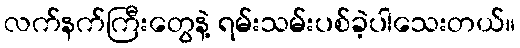
လက်နက်ကြီးတွေနဲ့ ရမ်းသမ်းပစ်ခဲ့ပါသေးတယ်။